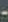
-